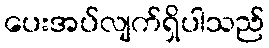
ပေးအပ်လျက်ရှိပါသည်